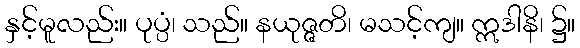
နှင့်မူလည်း။ ပုပ္ပံ၊ သည်။ နယုဇ္ဇတိ၊ မသင့်ကျ။ ဣဒါနိ၊ ၌။